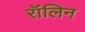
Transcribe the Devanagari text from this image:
रॉलिन